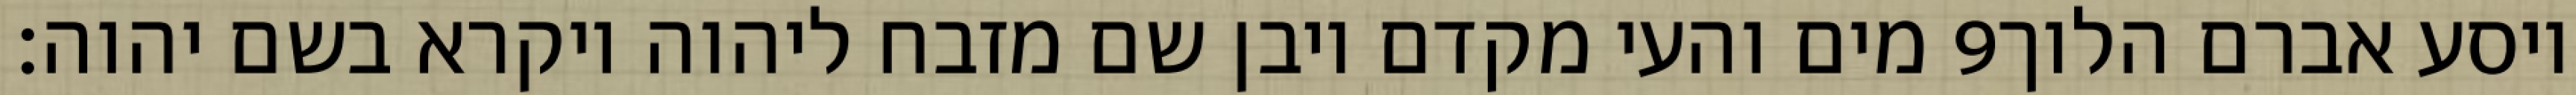
מים והעי מקדם ויבן שם מזבח ליהוה ויקרא בשם יהוה׃ ‎9‏ ויסע אברם הלוך